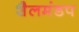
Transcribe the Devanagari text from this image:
शैलमंडप